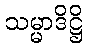
သမ္မာဒိဋ္ဌိ